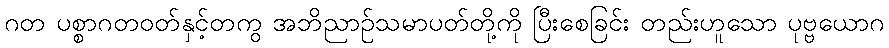
ဂတ ပစ္စာဂတဝတ်နှင့်တကွ အဘိညာဉ်သမာပတ်တို့ကို ပြီးစေခြင်း တည်းဟူသော ပုဗ္ဗယောဂ